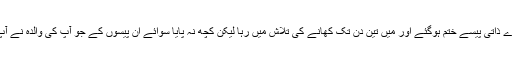
میرے متوقع قیام تک میرے ذاتی پیسے ختم ہوگئے اور میں تین دن تک کھانے کی تلاش میں رہا لیکن کچھ نہ پایا سوائے ان پیسوں کے جو آپ کی والدہ نے آپ کے لیے بھجوائے تھے۔